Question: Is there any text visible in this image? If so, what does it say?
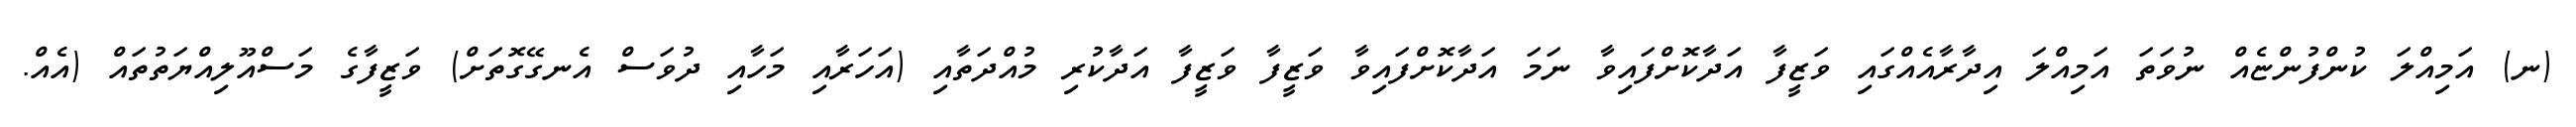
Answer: (ނ) އަމިއްލަ ކުންފުންޏެއް ނުވަތަ އަމިއްލަ އިދާރާއެއްގައި ވަޒީފާ އަދާކޮށްފައިވާ ނަމަ އަދާކޮށްފައިވާ ވަޒީފާ ވަޒީފާ އަދާކުރި މުއްދަތާއި (އަހަރާއި މަހާއި ދުވަސް އެނގޭގޮތަށް) ވަޒީފާގެ މަސްއޫލިއްޔަތުތައް (އެއް.